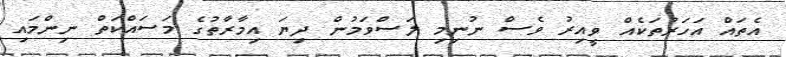
އެތައް އަހަރުތަކެއް ވީއިރު ވެސް ނުނިމި ލަސްވަމުން ދިޔަ އިމާރާތުގެ މަސައްކަތް ނިންމައި